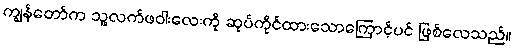
ကျွန်တော်က သူ့လက်ဖဝါးလေးကို ဆုပ်ကိုင်ထားသောကြောင့်ပင် ဖြစ်လေသည်။